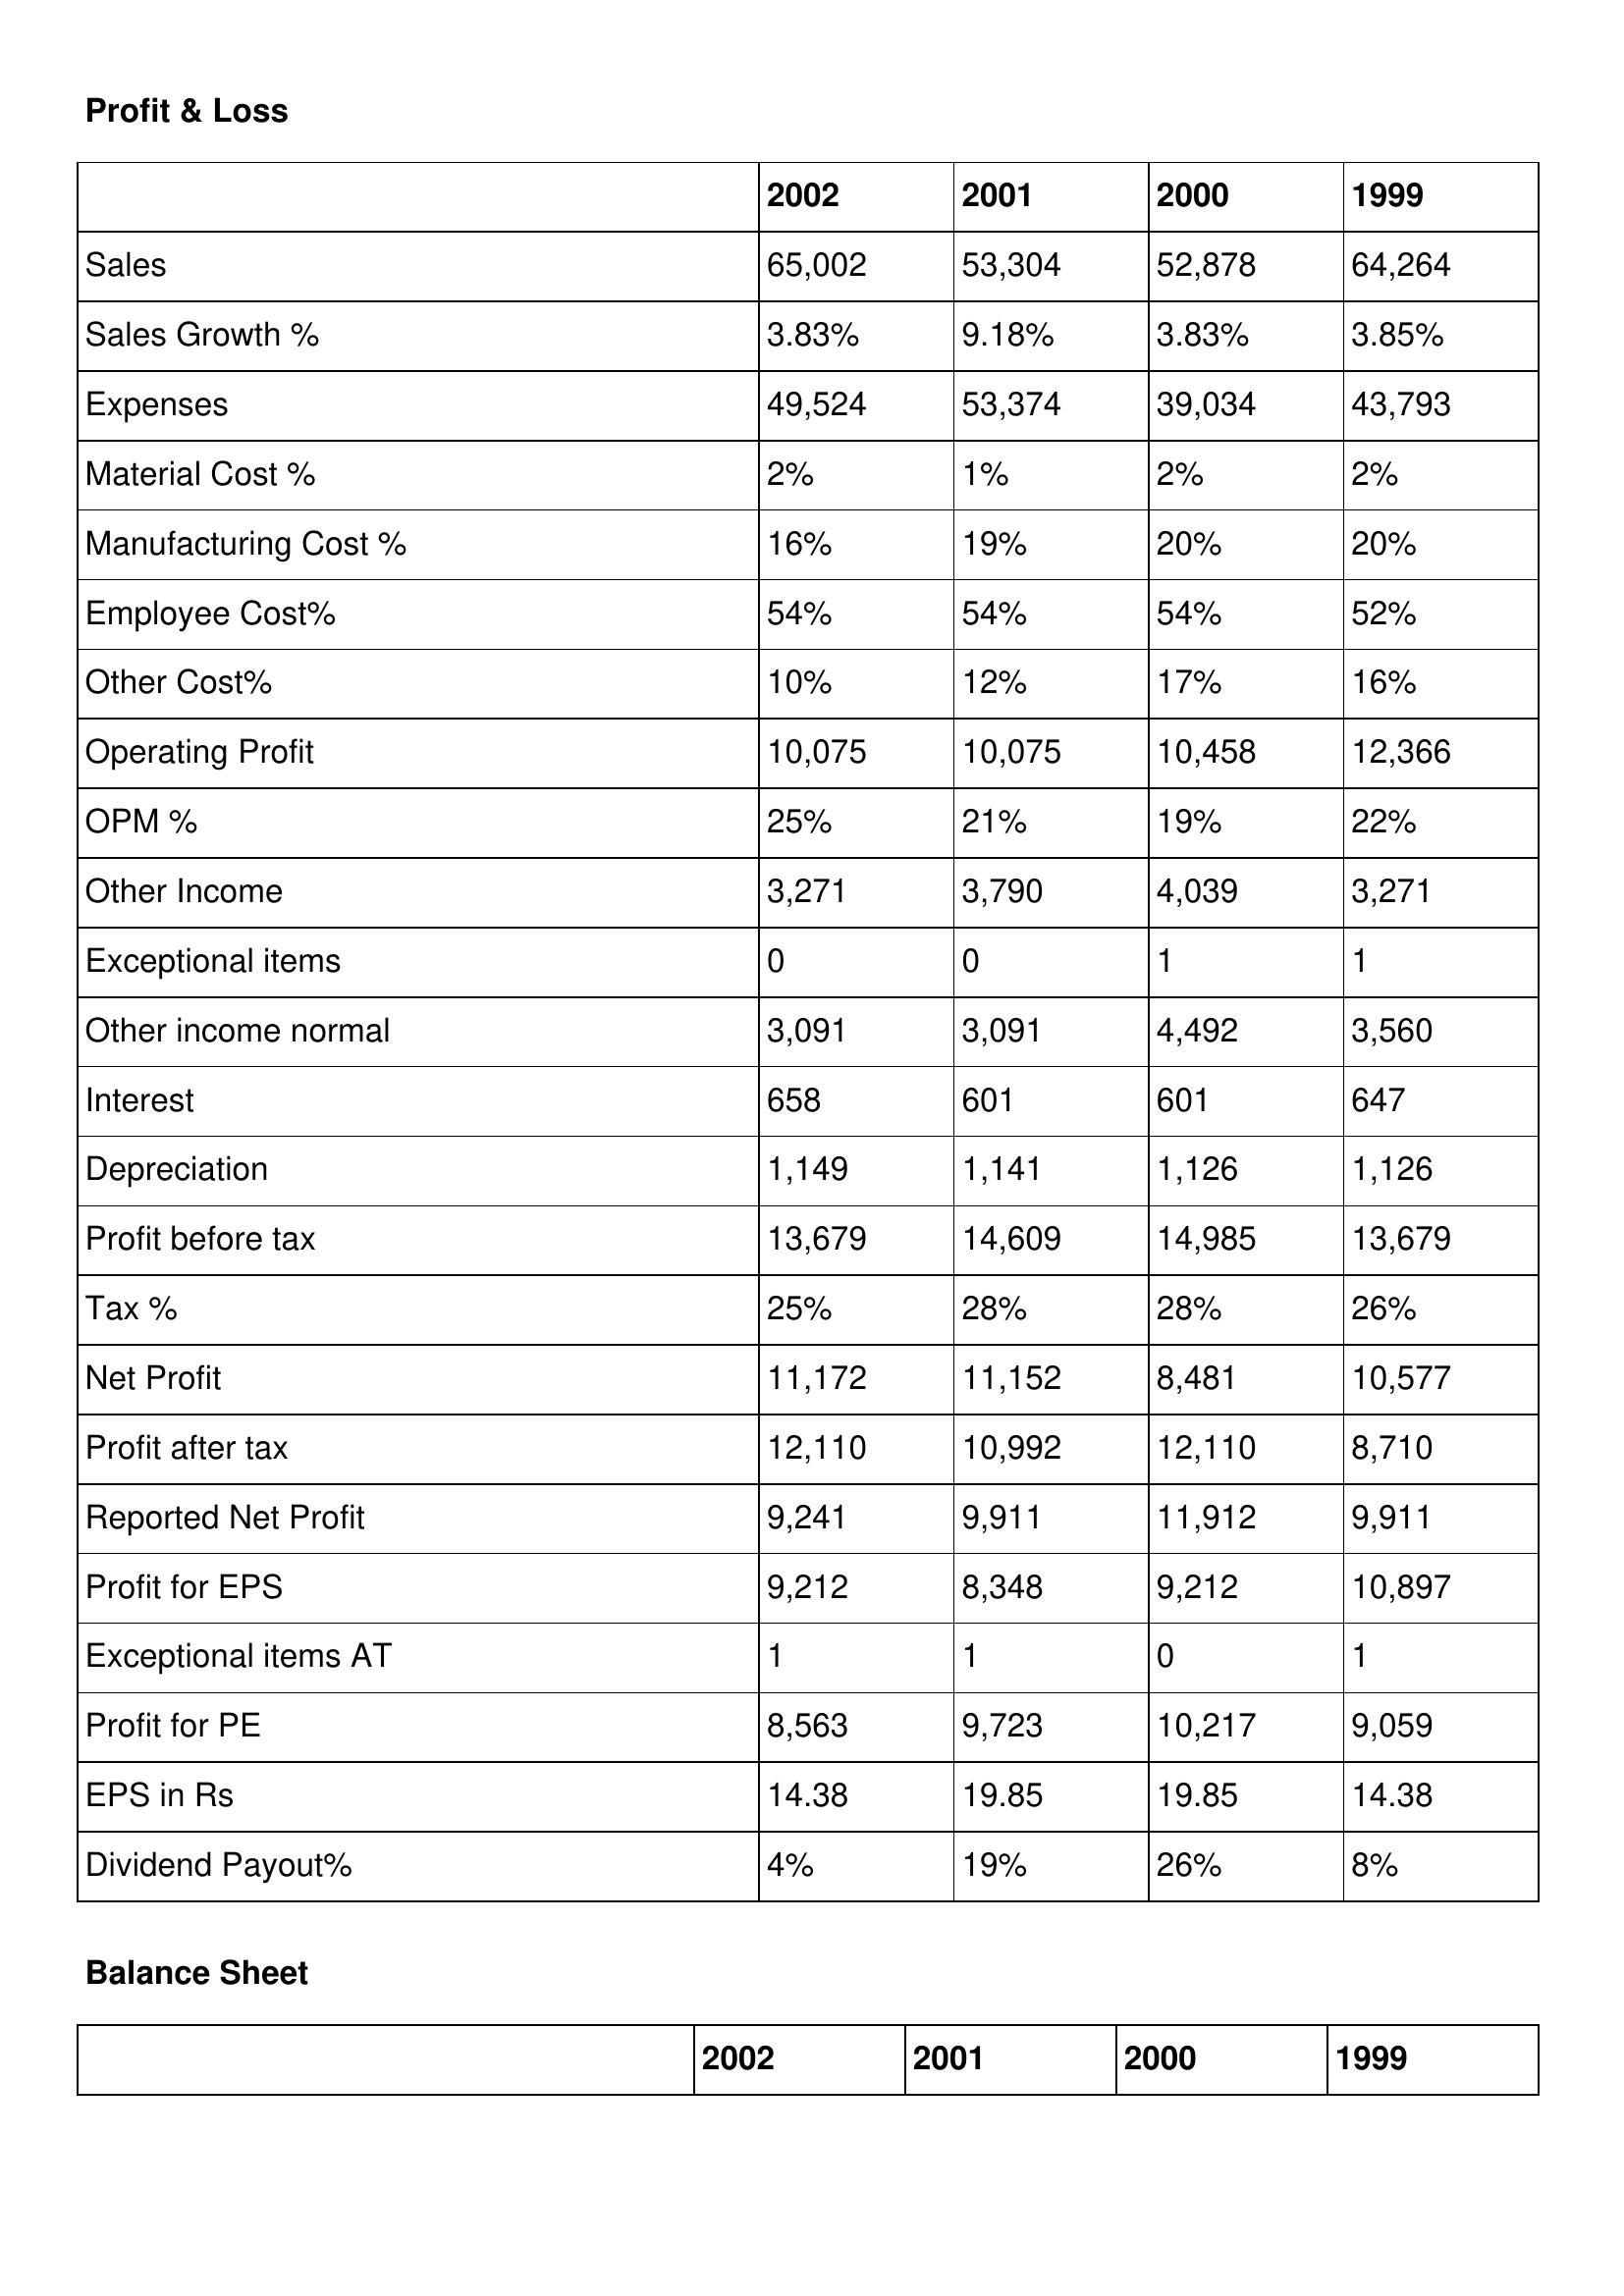
gt_parse: 2002: Profit & Loss: Sales: 65,002
Sales Growth %: 3.83%
Expenses: 49,524
Material Cost %: 2%
Manufacturing Cost %: 16%
Employee Cost%: 54%
Other Cost%: 10%
Operating Profit: 10,075
OPM %: 25%
Other Income: 3,271
Exceptional items: 0
Other income normal: 3,091
Interest: 658
Depreciation: 1,149
Profit before tax: 13,679
Tax %: 25%
Net Profit: 11,172
Profit after tax: 12,110
Reported Net Profit: 9,241
Profit for EPS: 9,212
Exceptional items AT: 1
Profit for PE: 8,563
EPS in Rs: 14.38
Dividend Payout%: 4%
2001: Profit & Loss: Sales: 53,304
Sales Growth %: 9.18%
Expenses: 53,374
Material Cost %: 1%
Manufacturing Cost %: 19%
Employee Cost%: 54%
Other Cost%: 12%
Operating Profit: 10,075
OPM %: 21%
Other Income: 3,790
Exceptional items: 0
Other income normal: 3,091
Interest: 601
Depreciation: 1,141
Profit before tax: 14,609
Tax %: 28%
Net Profit: 11,152
Profit after tax: 10,992
Reported Net Profit: 9,911
Profit for EPS: 8,348
Exceptional items AT: 1
Profit for PE: 9,723
EPS in Rs: 19.85
Dividend Payout%: 19%
2000: Profit & Loss: Sales: 52,878
Sales Growth %: 3.83%
Expenses: 39,034
Material Cost %: 2%
Manufacturing Cost %: 20%
Employee Cost%: 54%
Other Cost%: 17%
Operating Profit: 10,458
OPM %: 19%
Other Income: 4,039
Exceptional items: 1
Other income normal: 4,492
Interest: 601
Depreciation: 1,126
Profit before tax: 14,985
Tax %: 28%
Net Profit: 8,481
Profit after tax: 12,110
Reported Net Profit: 11,912
Profit for EPS: 9,212
Exceptional items AT: 0
Profit for PE: 10,217
EPS in Rs: 19.85
Dividend Payout%: 26%
1999: Profit & Loss: Sales: 64,264
Sales Growth %: 3.85%
Expenses: 43,793
Material Cost %: 2%
Manufacturing Cost %: 20%
Employee Cost%: 52%
Other Cost%: 16%
Operating Profit: 12,366
OPM %: 22%
Other Income: 3,271
Exceptional items: 1
Other income normal: 3,560
Interest: 647
Depreciation: 1,126
Profit before tax: 13,679
Tax %: 26%
Net Profit: 10,577
Profit after tax: 8,710
Reported Net Profit: 9,911
Profit for EPS: 10,897
Exceptional items AT: 1
Profit for PE: 9,059
EPS in Rs: 14.38
Dividend Payout%: 8%